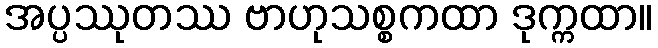
အပ္ပဿုတဿ ဗာဟုသစ္စကထာ ဒုက္ကထာ။